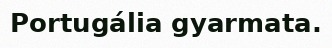
Portugália gyarmata.